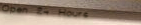
Open 24 Hours